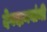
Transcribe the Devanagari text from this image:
देवदानवांनी